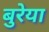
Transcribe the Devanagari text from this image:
बुरेया